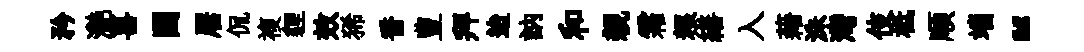
矜灧喜闉居侃複貍效狶香豊拜迨訥和親霜粮繕入藉洙灣伎柢順端“